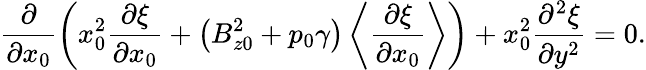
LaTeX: \frac{\partial}{\partial x_{0}}\left(x_{0}^{2}\frac{\partial\xi}{\partial x_{0}}+\left(B_{z0}^{2}+p_{0}\gamma\right)\left\langle\frac{\partial\xi}{\partial x_{0}}\right\rangle\right)+x_{0}^{2}\frac{\partial^{2}\xi}{\partial y^{2}}=0.